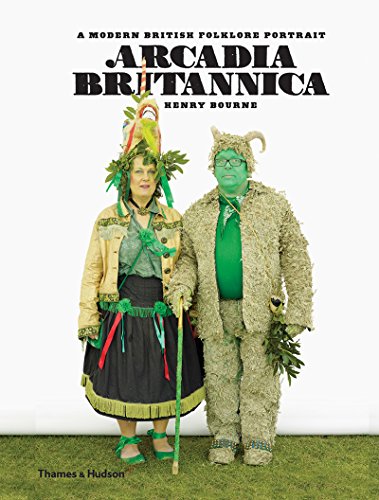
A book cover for Arcadia Britannica: A Modern British Folklore Portrait; Arts & Photography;